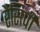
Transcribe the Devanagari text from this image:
रैसिपी